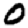
Digit: 0